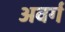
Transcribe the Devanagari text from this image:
अवर्ग